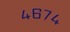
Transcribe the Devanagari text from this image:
४६७४